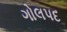
ગોલપદ